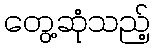
တွေ့ဆုံသည့်